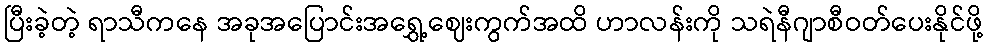
ပြီးခဲ့တဲ့ ရာသီကနေ အခုအပြောင်းအရွှေ့ဈေးကွက်အထိ ဟာလန်းကို သရဲနီဂျာစီဝတ်ပေးနိုင်ဖို့